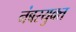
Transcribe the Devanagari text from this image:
नंबरयुक्त